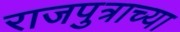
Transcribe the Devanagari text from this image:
राजपुत्राच्या